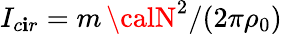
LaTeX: I_{c\mathbf{i}r}=m\, {\calN}^{2}/(2\pi\rho_{0})